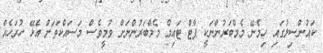
ކައުންސިލުގައި ހިމެނޭ މެމްބަރުންނަކީ ޕާޓް ޓައިމް މެމްބަރުންނަށް ވުމީވެސް މަސައްކަތަށް އެޅޭ ހުރަހެއް